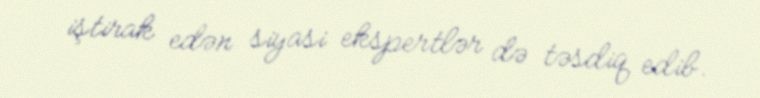
iştirak edən siyasi ekspertlər də təsdiq edib.